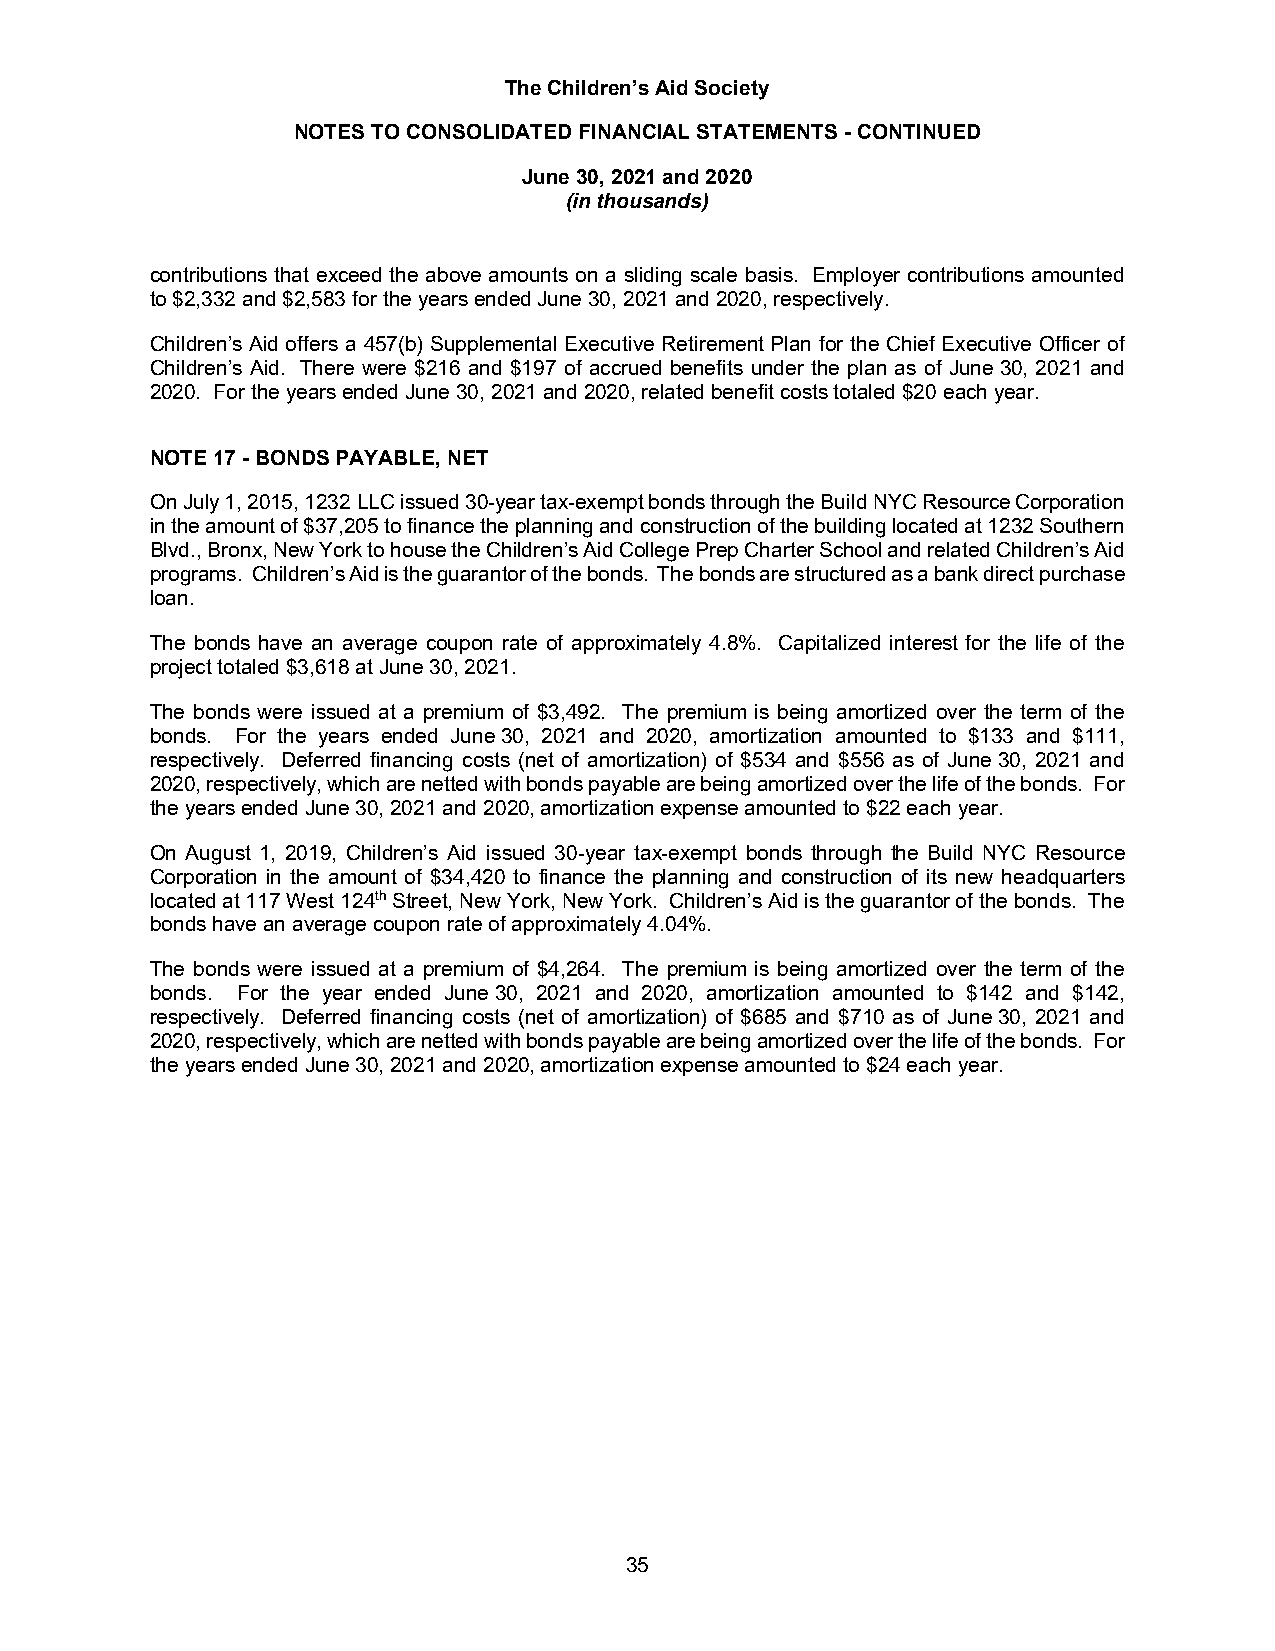
The Children’s Aid Society
 NOTES TO CONSOLIDATED FINANCIAL STATEMENTS - CONTINUED
 June 30, 2021 and 2020
 (in thousands)
 contributions that exceed the above amounts on a sliding scale basis. Employer contributions amounted
 to $2,332 and $2,583 for the years ended June 30, 2021 and 2020, respectively.
 Children’s Aid offers a 457(b) Supplemental Executive Retirement Plan for the Chief Executive Officer of
 Children’s Aid. There were $216 and $197 of accrued benefits under the plan as of June 30, 2021 and
 2020. For the years ended June 30, 2021 and 2020, related benefit costs totaled $20 each year.
 NOTE 17 - BONDS PAYABLE, NET
 On July 1, 2015, 1232 LLC issued 30-year tax-exempt bonds through the Build NYC Resource Corporation
 in the amount of $37,205 to finance the planning and construction of the building located at 1232 Southern
 Blvd., Bronx, New York to house the Children’s Aid College Prep Charter School and related Children’s Aid
 programs. Children’s Aid is the guarantor of the bonds. The bonds are structured as a bank direct purchase
 loan.
 The bonds have an average coupon rate of approximately 4.8%. Capitalized interest for the life of the
 project totaled $3,618 at June 30, 2021.
 The bonds were issued at a premium of $3,492. The premium is being amortized over the term of the
 bonds. For the years ended June 30, 2021 and 2020, amortization amounted to $133 and $111,
 respectively. Deferred financing costs (net of amortization) of $534 and $556 as of June 30, 2021 and
 2020, respectively, which are netted with bonds payable are being amortized over the life of the bonds. For
 the years ended June 30, 2021 and 2020, amortization expense amounted to $22 each year.
 On August 1, 2019, Children’s Aid issued 30-year tax-exempt bonds through the Build NYC Resource
 Corporation in the amount of $34,420 to finance the planning and construction of its new headquarters
 located at 117 West 124th Street, New York, New York. Children’s Aid is the guarantor of the bonds. The
 bonds have an average coupon rate of approximately 4.04%.
 The bonds were issued at a premium of $4,264. The premium is being amortized over the term of the
 bonds. For the year ended June 30, 2021 and 2020, amortization amounted to $142 and $142,
 respectively. Deferred financing costs (net of amortization) of $685 and $710 as of June 30, 2021 and
 2020, respectively, which are netted with bonds payable are being amortized over the life of the bonds. For
 the years ended June 30, 2021 and 2020, amortization expense amounted to $24 each year.
 35